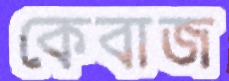
কেবাজ